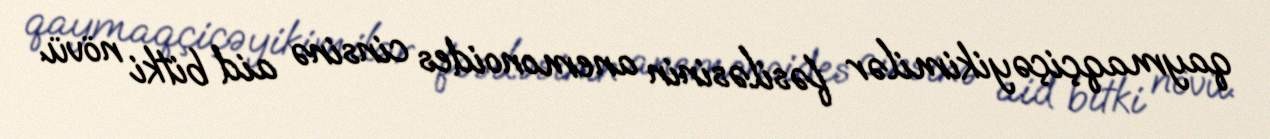
qaymaqçiçəyikimilər fəsiləsinin anemonoides cinsinə aid bitki növü.